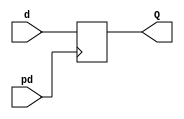
//Serial Transmission System
//Data Latch



module STSystem_DL(pd,d,Q);
input wire pd;
input wire [7:0] d;
output reg [7:0] Q;

always@(posedge pd)
Q<=d;


endmodule